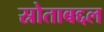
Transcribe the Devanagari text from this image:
स्रोताबद्दल